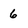
Character: 6